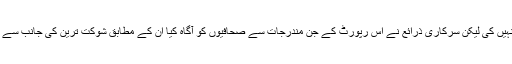
ایشیائی ترقیاتی بنک کے ماہرین نے ان منصوبوں میں بدعنوانی کے بارے میں تو لب کشائی نہیں کی لیکن سرکاری ذرائع نے اس رپورٹ کے جن مندرجات سے صحافیوں کو آگاہ کیا ان کے مطابق شوکت ترین کی جانب سے اٹھائے گئے تقریباً تمام نکات اس رپورٹ میں اعداد و شمار کے ذریعے درست ثابت ہو گئے۔